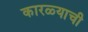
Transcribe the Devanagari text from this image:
कारळ्याची